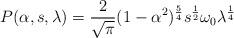
LaTeX: \begin{align*}P(\alpha, s, \lambda) = \frac{2}{\sqrt\pi}(1-\alpha^2)^{\frac{5}{4}}s^{\frac{1}{2}}\omega_0\lambda^{\frac{1}{4}}\end{align*}